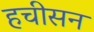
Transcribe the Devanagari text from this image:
हचीसन